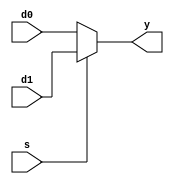
module mux2_32bit(d0, d1, s, y);						//declare MUX2 module
 input [31:0] d0, d1; 									//set input
 input s; 													//set input
 output [31:0] y; 										//set output
 
 assign y=(s==1'b0)?d0:d1; 							//assign y if(s is 1) to d0 else d1
 
endmodule